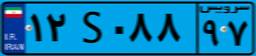
۴۸S۵۲۹۷۶